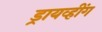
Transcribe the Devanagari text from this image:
ड्रायव्हींग